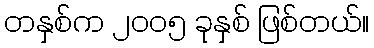
တနှစ်က ၂၀၀၅ ခုနှစ် ဖြစ်တယ်။